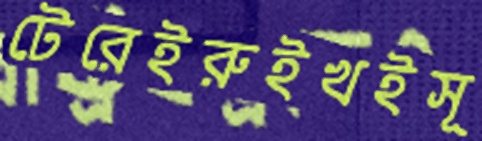
টেরেইরুইখইসূ